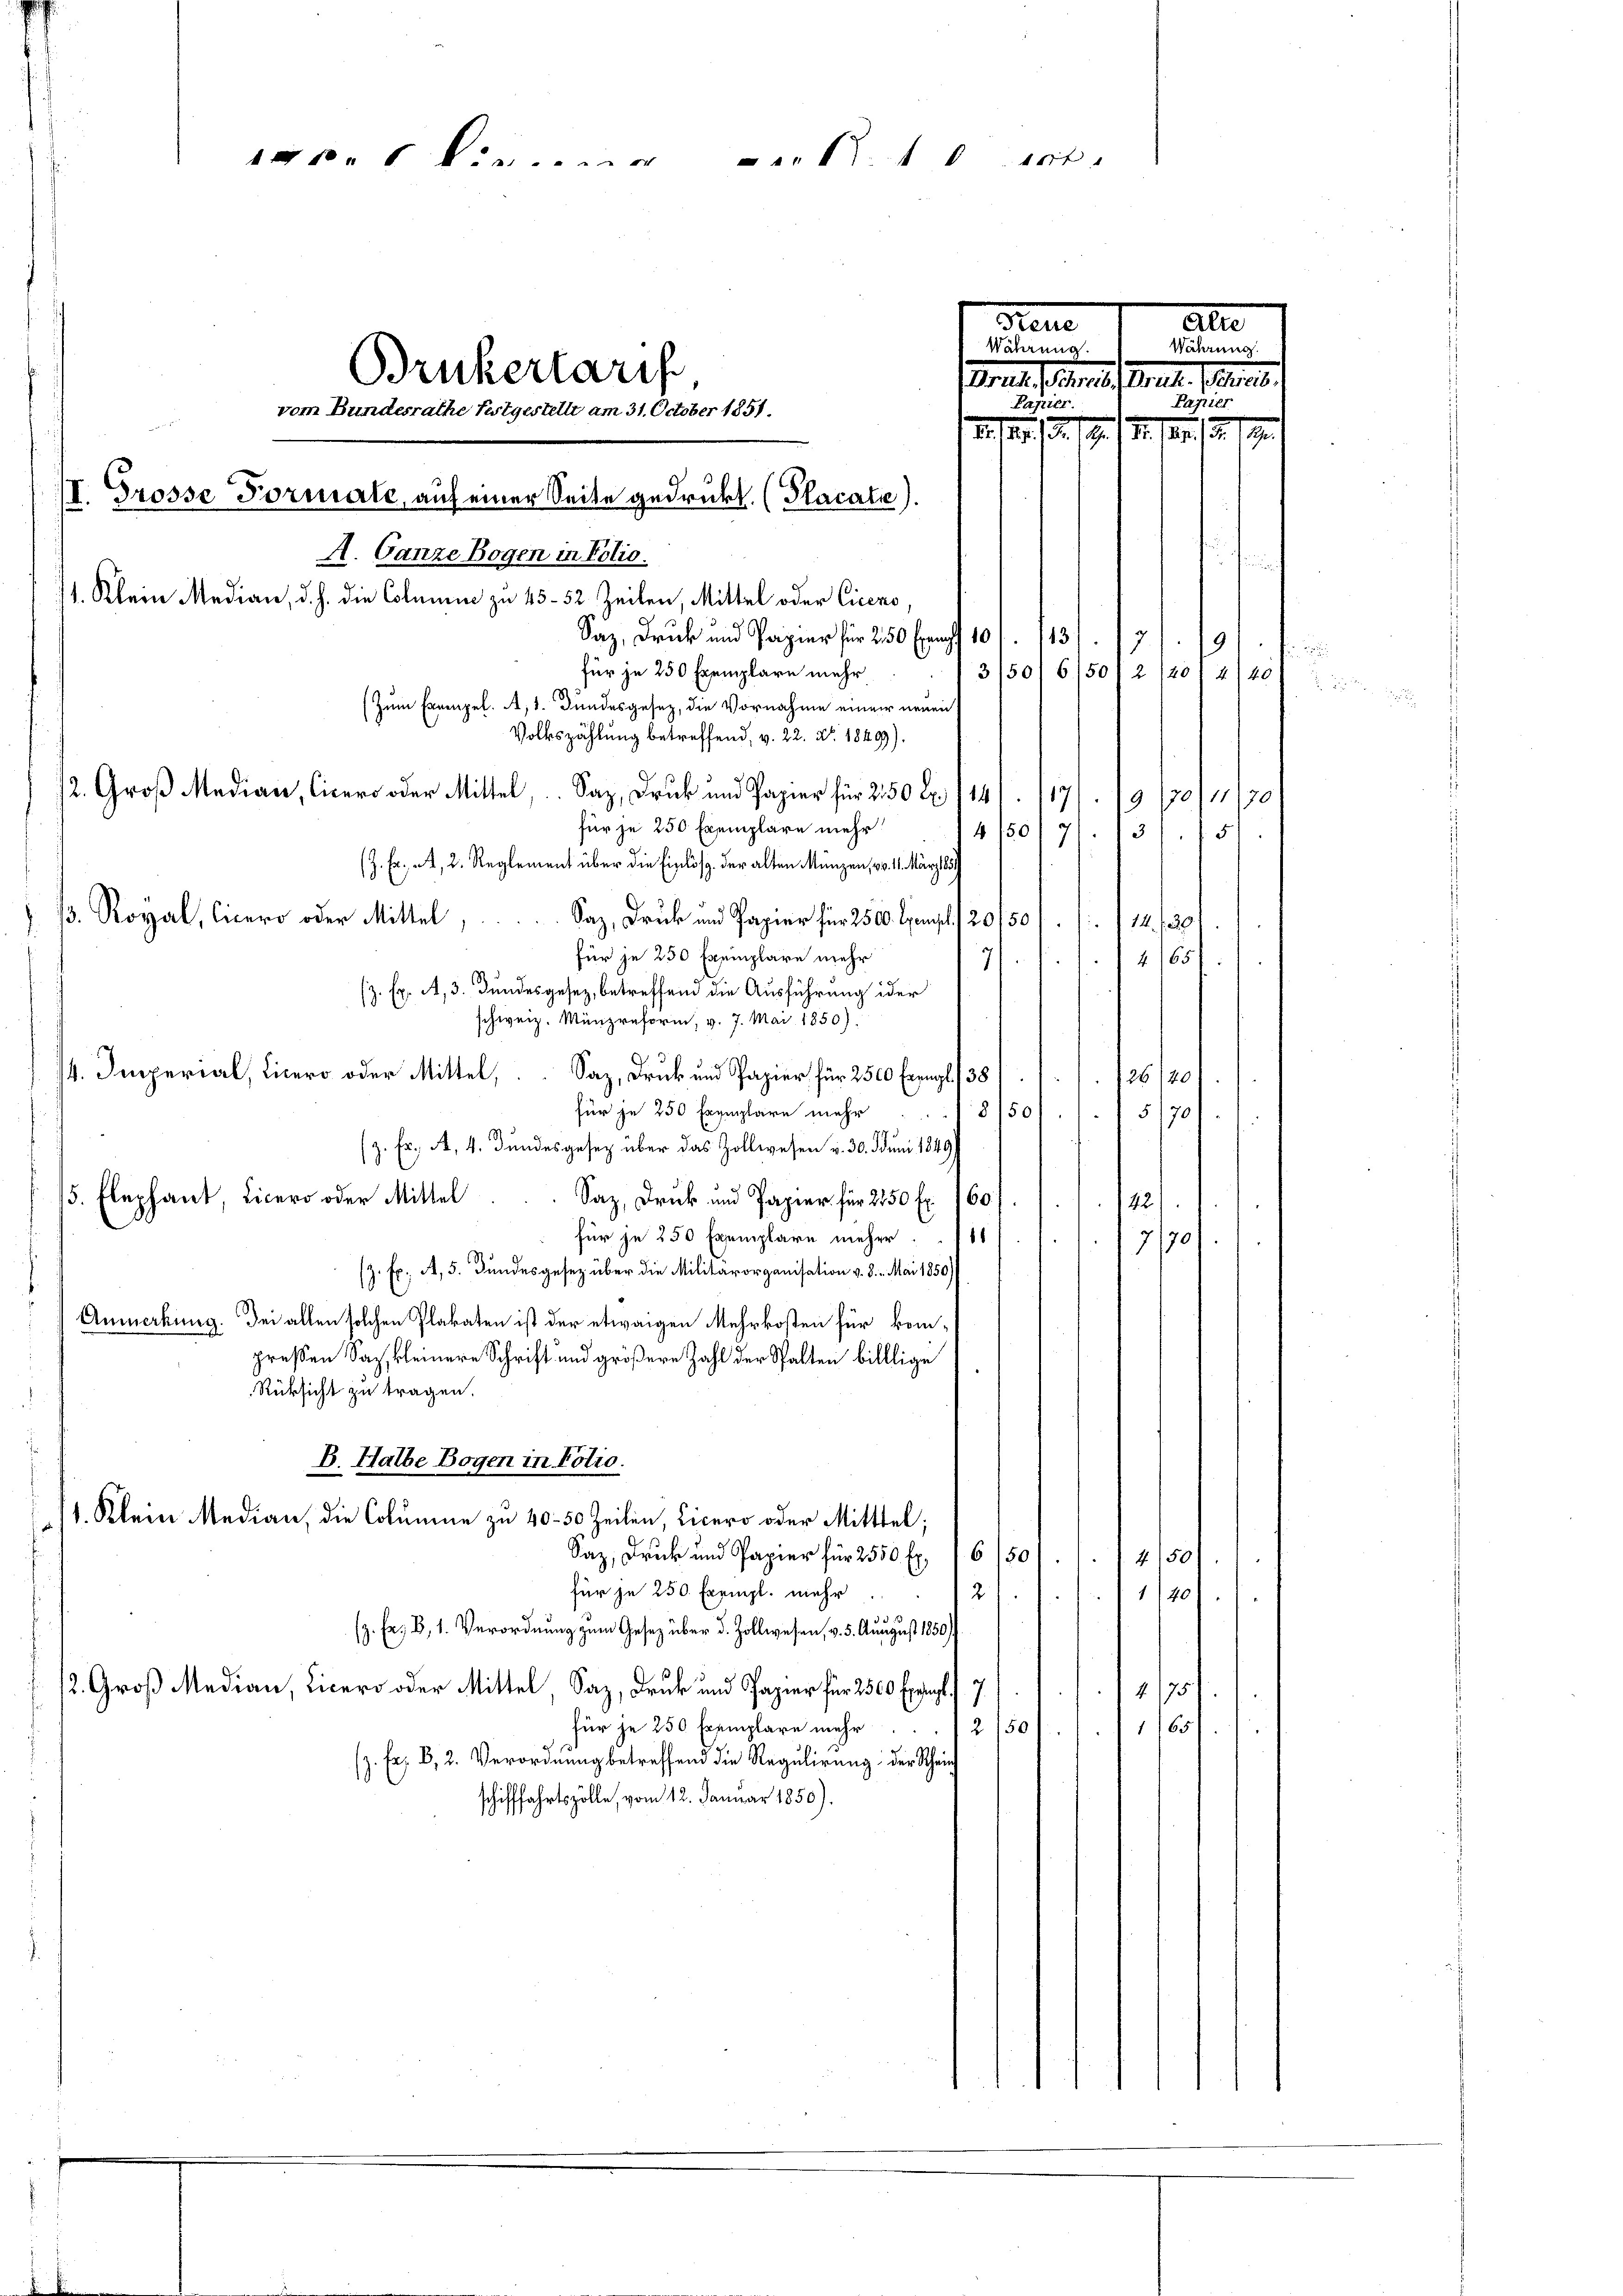
ar.  ......... 10 Art.
all
Frene
Währen
Währung.
Brukertaris
Bat. Gener Art. 18
Papier
vom Bundesrathe festgestellt am 31. October 1851.
d. 15. d. 19. 1 Fr. 189. 15.
II. Grosse Formale, auf einer Seite gedrukt. (Placate).
A. Ganze Bogen in Folio.
1. Klein Median, d. h. die Columen zu 45 - 52 Zeilen, Mittel oder Ciceno,
Saz, Druk und Papier für 250 Erach 10
13)
9
1
für je 250 Exemplare mehr
3/50/6/50/2
120/4/40
(Zum Exempel. A. Bundesgesetz, die Vornahme einem neuen
Volkszählung betreffend, v. 22. No. 18499).
2. Groß Median, Cicer oder Mittel, Saz, Druck und Papier für 250 l. 114
17/19/20//30
für je 250 Exemplare mehr
14/50/71. 73
5
(Z. Er A, 2. Reglement über die Einlös der alten Münzen, v. 1. März 18
3. Royal, Cicero oder Mittel,
Saz, Druk und Papier für 2500. Exempl. / 20150/. 114 f 30
für je 250 Exemplare mehr
2. 1651
7
/. Ex. A,3. Bundesgesetz, betreffend die Ausführung ider
schweiz. Münzreform, v. 7. Mai 1850).
4. Imperial, Licero oder Mittel,
Saz, Druck und Papier für 2500 Exempl. 138
126/20
8/50
für je 250 Exemplare mehr

(z. Er. A. 4. Bundesgesez über das Zollwesen v. 30. Juni 1849)
5. Elephant, Licero oder Mittel
Saz, Druck und Papier für 250 fl. 160)
für je 250 Exemplare mehre. 11
(z. Ex. A, 5. Bundesgesez über die Militärorganisation v. 8. Mai 1850)
Anmerkung. Bei allen solchen Plakaten ist der etwaigen Mehrkosten für kompressen Sag, kleinere Schrift und größere Zahl der Spalten billlige
Rüksicht zu tragen.
B. Halbe Bogen in Polio.
1. Klein Median, die Columne zu 40–50 Zeilen, Cicero oder Mittel;
Saz, Druk und Papier für 2550 fl. 6 50
4150
für je 250 Exempl. mehr
2
1740
(z. Er, B, 1. Verordnung zum Gesetz über d. Zollwesen, v. 5. August 1850
2. Groß Median, Lier oder Mittel Saz, Druk und Papier für 2500 Erregt. f 7
4. 175
für je 250 Exemplare mehr
2/50
1165
(z. Er, B, 2. Verordnung betreffend die Regulirung der Schein
schifffahrtszolle, vom 12. Januar 1850).

Papier.

§ 1701.

122)
7/10